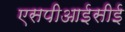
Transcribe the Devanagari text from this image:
एसपीआईसीई